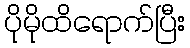
ပိုမိုထိရောက်ပြီး